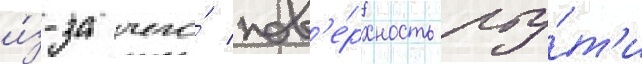
и́з-за чего́ пов'е́рхность рту́т'и